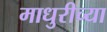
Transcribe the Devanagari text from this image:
माधुरीच्या